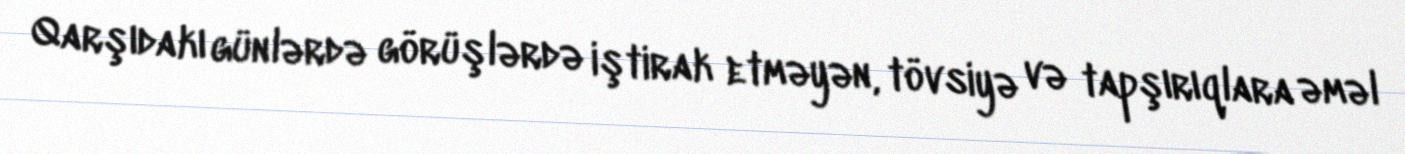
Qarşıdakı günlərdə görüşlərdə iştirak etməyən, tövsiyə və tapşırıqlara əməl